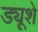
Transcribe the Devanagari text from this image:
ड्यूशे